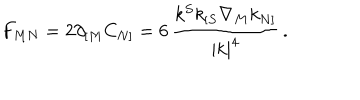
LaTeX: F _ { M N } = 2 \partial _ { [ M } C _ { N ] } = 6 \, { \frac { k ^ { S } k _ { [ S } \nabla _ { M } k _ { N ] } } { | k | ^ { 4 } } } \, .